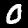
Digit: 0